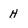
Character: H